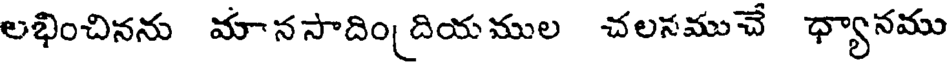
లభించినను మానసాదిం దియముల చలనముచే ధ్యానము